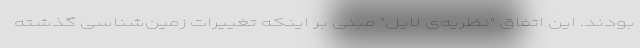
بودند. این اتفاق "نظریه‌ی لایل" مبنی بر اینکه تغییرات زمین‌شناسی گذشته